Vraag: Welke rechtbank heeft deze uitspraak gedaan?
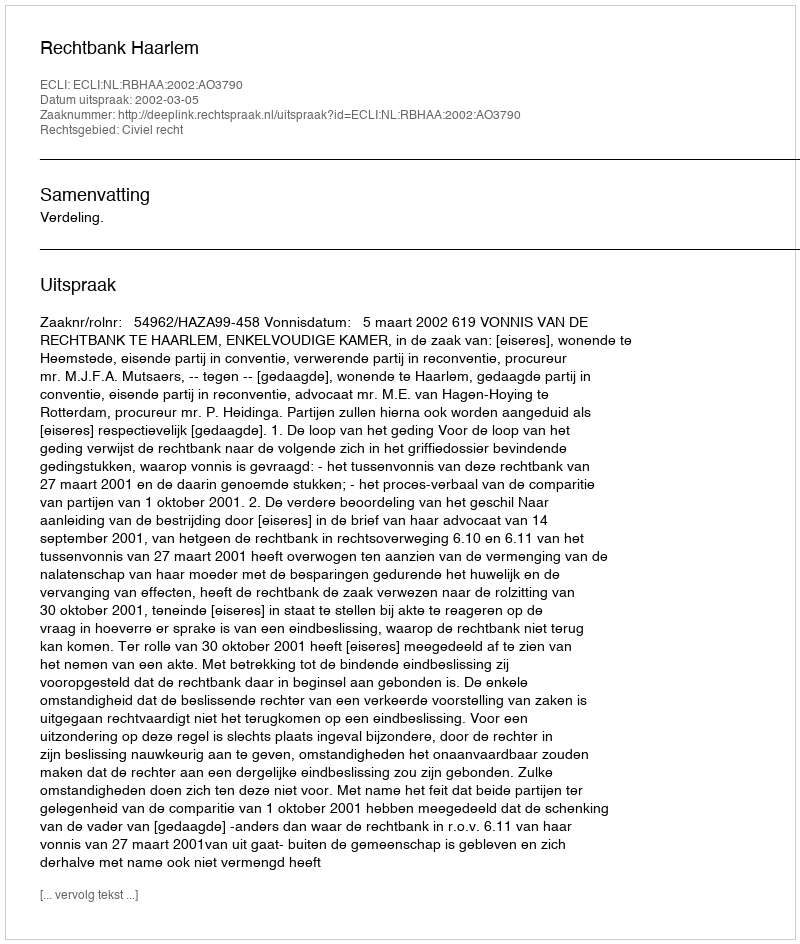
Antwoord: Rechtbank Haarlem